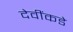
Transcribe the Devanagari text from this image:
देवींकडे